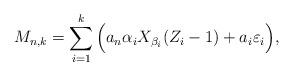
LaTeX: \begin{align*}M_{n,k}=\sum_{i=1}^{k}\Big( a_n\alpha_{i }X_{\beta_{i }}(Z_{i}-1)+ a_i \varepsilon_i \Big),\end{align*}